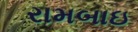
રામબાઇ